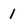
Character: 1